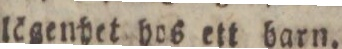
lögenhet hos ett barn.